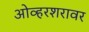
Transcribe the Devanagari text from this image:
ओव्हरशरावर